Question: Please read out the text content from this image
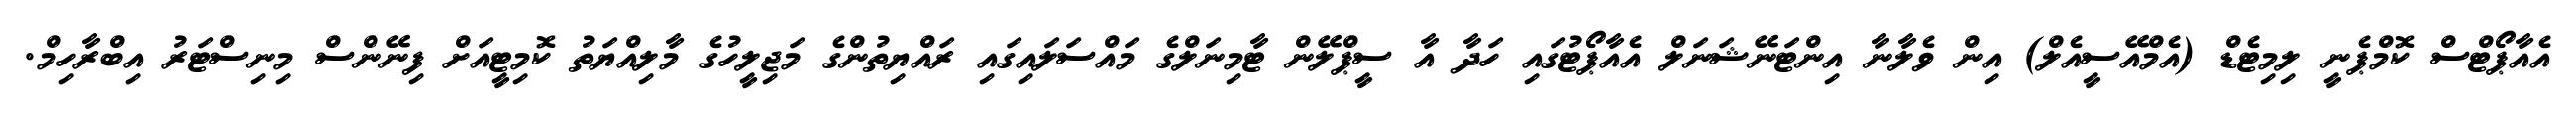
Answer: އެއާޕޯޓްސް ކޮމްޕެނީ ލިމިޓެޑް (އެމްއޭސީއެލް) އިން ވެލާނާ އިންޓަނޭޝަނަލް އެއާޕޯޓުގައި ހަދާ އާ ސީޕްލޭން ޓާމިނަލްގެ މައްސަލައިގައި ރައްޔިތުންގެ މަޖިލީހުގެ މާލިއްޔަތު ކޮމިޓީއަށް ފިނޭންސް މިނިސްޓަރު އިބްރާހިމް.